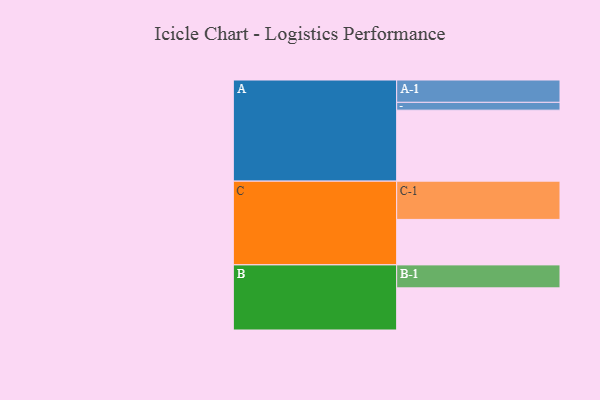
{"axis": {"x": "Segment", "y": "Value"}, "legend": ["", "A", "B", "C"], "data": [{"x": "A", "y": 534, "type": ""}, {"x": "B", "y": 317, "type": ""}, {"x": "C", "y": 342, "type": ""}, {"x": "A-1", "y": 168, "type": "A"}, {"x": "A-2", "y": 59, "type": "A"}, {"x": "B-1", "y": 173, "type": "B"}, {"x": "C-1", "y": 288, "type": "C"}]}